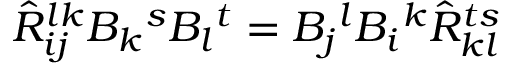
\hat { R } _ { i j } ^ { l k } B _ { k } { } ^ { s } B _ { l } { } ^ { t } = B _ { j } { } ^ { l } B _ { i } { } ^ { k } \hat { R } _ { k l } ^ { t s }